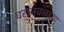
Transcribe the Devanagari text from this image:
घराजवळच्या